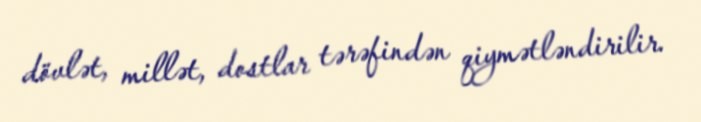
dövlət, millət, dostlar tərəfindən qiymətləndirilir.